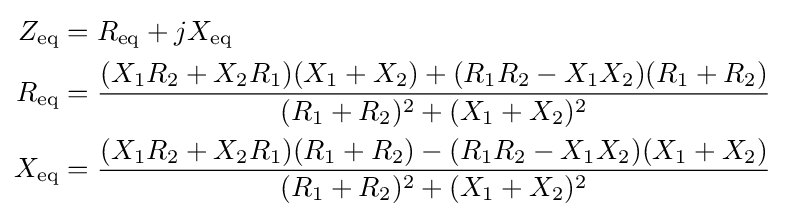
{\begin{aligned}Z_{\text{eq}}&=R_{\text{eq}}+jX_{\text{eq}}\\R_{\text{eq}}&={\frac {(X_{1}R_{2}+X_{2}R_{1})(X_{1}+X_{2})+(R_{1}R_{2}-X_{1}X_{2})(R_{1}+R_{2})}{(R_{1}+R_{2})^{2}+(X_{1}+X_{2})^{2}}}\\X_{\text{eq}}&={\frac {(X_{1}R_{2}+X_{2}R_{1})(R_{1}+R_{2})-(R_{1}R_{2}-X_{1}X_{2})(X_{1}+X_{2})}{(R_{1}+R_{2})^{2}+(X_{1}+X_{2})^{2}}}\end{aligned}}